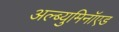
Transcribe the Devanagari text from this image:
अल्ब्युमिनॉएड